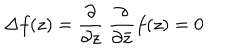
\Delta f ( z ) = \frac { \partial } { \partial z } ~ \frac { \partial } { \partial \bar { z } } f ( z ) = 0